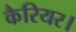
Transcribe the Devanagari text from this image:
कैरियर।